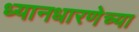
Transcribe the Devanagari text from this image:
ध्यानधारणेच्या